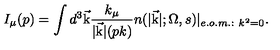
I _ { \mu } ( p ) = \int { d ^ { 3 } \vec { \mathrm { k } } } { \frac { k _ { \mu } } { \vert \vec { \mathrm { k } } \vert ( p k ) } } n ( \vert \vec { \mathrm { k } } \vert ; \Omega , s ) \vert _ { e . o . m . : \ k ^ { 2 } = 0 } .